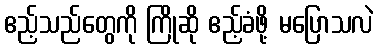
ဧည့်သည်တွေကို ကြိုဆို ဧည့်ခံဖို့ မပြောသလဲ